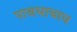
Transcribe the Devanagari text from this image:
पावसाचाच